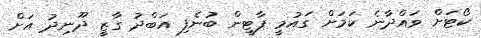
ކޯޓަށް ވައްދާނެ ކަމަށް ގައުމީ ޕާޓީން ބުނެފި އަބްދު ގާޒީ ދޫނިދު އަށް